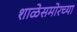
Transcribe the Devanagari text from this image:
शाळेसमोरच्या